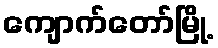
ကျောက်တော်မြို့